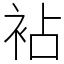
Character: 袩